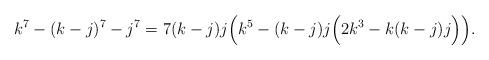
LaTeX: \begin{align*}k^{7}-(k-j)^{7}-j^{7}=7(k-j)j\Big(k^{5}-(k-j)j\Big(2k^{3}-k(k-j)j\Big)\Big).\end{align*}